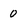
Character: 0